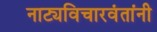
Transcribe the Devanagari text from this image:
नाट्यविचारवंतांनी